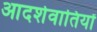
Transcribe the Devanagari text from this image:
आदर्शवातियों